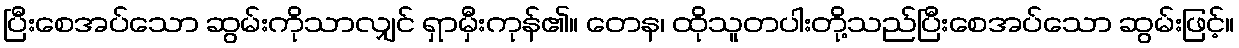
ပြီးစေအပ်သော ဆွမ်းကိုသာလျှင် ရှာမှီးကုန်၏။ တေန၊ ထိုသူတပါးတို့သည်ပြီးစေအပ်သော ဆွမ်းဖြင့်။